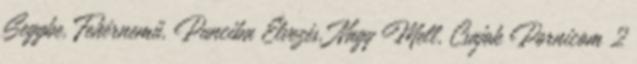
Seggbe, Fehérnemű, Punciba Élvezés, Nagy Mell, Csajok Pornicom 2